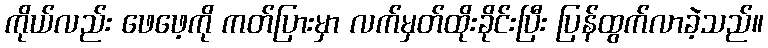
ကိုယ်လည်း ဖေဖေ့ကို ကတ်ပြားမှာ လက်မှတ်ထိုးခိုင်းပြီး ပြန်ထွက်လာခဲ့သည်။